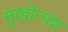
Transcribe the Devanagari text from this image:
मुखोत्पन्न